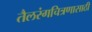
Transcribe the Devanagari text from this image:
तैलरंगचित्रणासाठी